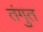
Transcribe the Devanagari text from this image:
तंगुत